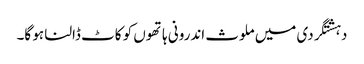
دہشتگردی میں ملوث اندرونی ہاتھوں کو کاٹ ڈالنا ہو گا۔